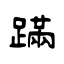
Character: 蹣